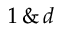
1 \, \& \, d